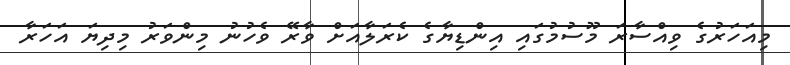
މިއަހަރުގެ ވިއްސާރަ މޫސުމުގައި އިންޑިޔާގެ ކެރަލާއަށް ވާރޭ ވެހުނު މިންވަރު މިދިޔަ އަހަރާ